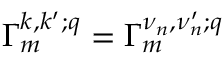
\Gamma _ { m } ^ { k , k ^ { \prime } ; q } = \Gamma _ { m } ^ { \nu _ { n } , \nu _ { n } ^ { \prime } ; q }